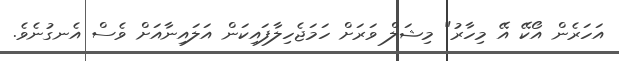
އަހަރެން އޯކޭ އޭ މިހާރު" މިޝަލް ވަރަށް ހަމަޖެހިލާފައިކަން އަލައިނާއަށް ވެސް އެނގުނެވެ.